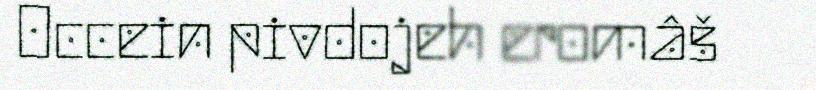
Occein pivdojeh eromâš